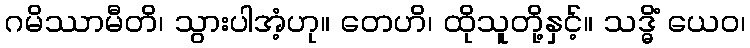
ဂမိဿာမီတိ၊ သွားပါအံ့ဟု။ တေဟိ၊ ထိုသူတို့နှင့်။ သဒ္ဓိံ ယေဝ၊